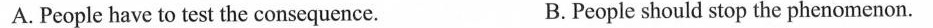
A. People have to test the consequence. B. People should stop the phenomenon.